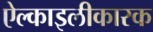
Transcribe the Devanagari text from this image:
ऐल्काइलीकारक